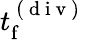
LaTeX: t_{\mathrm{f}}^{\mathrm{~(~d~i~v~)~}}